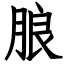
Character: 朖